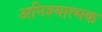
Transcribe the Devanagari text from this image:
अनिश्यात्मक